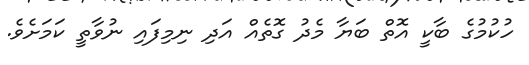
ހުކުމުގެ ބާކީ އޮތް ބަޔާ މެދު ގޮތެއް އަދި ނިމިފައި ނުވާތީ ކަމަށެވެ.